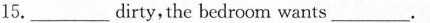
l5. ___ dirty, the bedroom wants ___